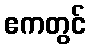
ဧကတွင်